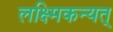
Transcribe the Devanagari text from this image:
लक्ष्मिकन्यत्